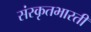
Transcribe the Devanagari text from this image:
संस्कृतभारती